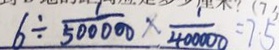
6 \div \frac { 1 } { 5 0 0 0 0 0 } \times \frac { 1 } { 4 0 0 0 0 0 } = 7 5